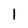
Character: 1